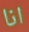
انا